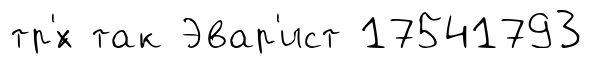
тр'́х так Эвар'ист 17541793